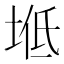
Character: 𡌠